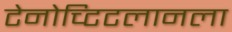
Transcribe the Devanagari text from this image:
टेनोच्टिटलानला